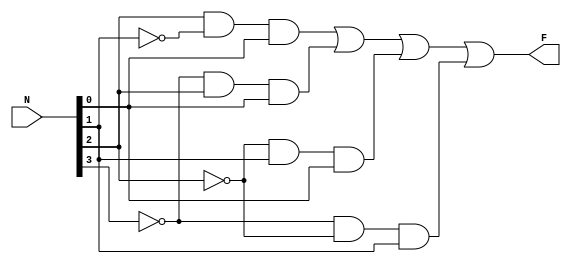
module primo(N,F);
input [3:0] N;
output F;
assign F = (N[2] & ~N[1] & N[0]) | (~N[3] & N[2] & N[0]) | (~N[2] & N[1] & N[0]) | (~N[3] & ~N[2] & N[1]);
endmodule